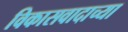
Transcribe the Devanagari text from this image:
विकासवादाच्या